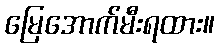
မြေအောက်မီးရထား။